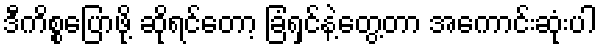
ဒီကိစ္စပြောဖို့ ဆိုရင်တော့ ခြံရှင်နဲ့တွေ့တာ အကောင်းဆုံးပါ